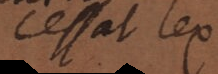
cessat lex